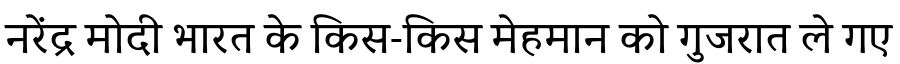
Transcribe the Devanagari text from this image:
नरेंद्र मोदी भारत के किस-किस मेहमान को गुजरात ले गए